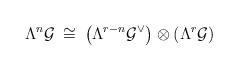
\begin{align*}\Lambda^n {\cal G} \: \cong \: \left( \Lambda^{r-n} {\cal G}^{\vee} \right)\otimes\left( \Lambda^r {\cal G} \right)\end{align*}